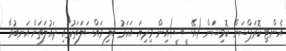
އެންޓި ކޮރަޕްޝަން ކޮމިޝަން (އޭސީސީ)އިން މިދިޔަ އަހަރު ބެލި މައްސަލަތަކުގައި ދައުލަތަށް އަނބުރާ